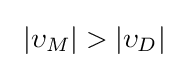
\ |\upsilon _{M}|>|\upsilon _{D}|